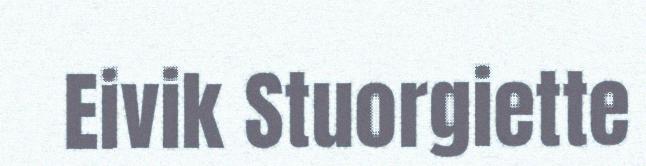
Eivik Stuorgiette